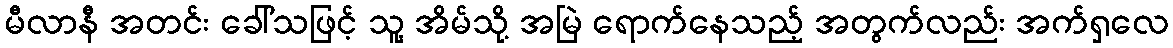
မီလာနီ အတင်း ခေါ်သဖြင့် သူ့ အိမ်သို့ အမြဲ ရောက်နေသည့် အတွက်လည်း အက်ရှလေ